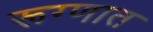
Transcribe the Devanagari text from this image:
रूग्णात